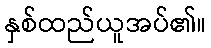
နှစ်ထည်ယူအပ်၏။